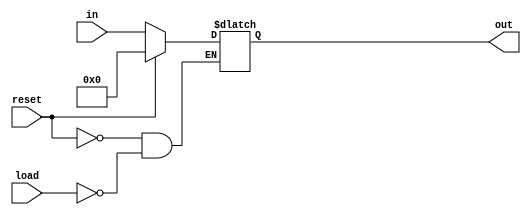
module instruction_register(
	input [31:0] in,
	input load, reset,
	output reg [31:0] out);
	
always @ (load or reset or in)
	if (reset) begin
		out <= 31'b0;
	end else if (load) begin
		out <= in;
	end

endmodule